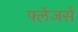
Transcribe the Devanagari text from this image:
फ्लेंजर्स